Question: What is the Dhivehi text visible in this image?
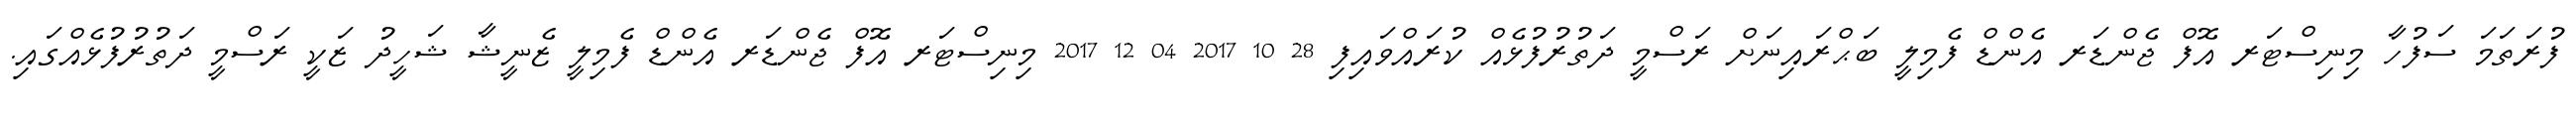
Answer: ފުރަތަމަ ސަފުހާ މިނިސްޓަރ އޮފް ޖެންޑަރ އެންޑް ފެމިލީ ބަޙްރައިނަށް ރަސްމީ ދަތުރުފުޅެއް ކުރައްވައިފި 28 10 2017 04 12 2017 މިނިސްޓަރ އޮފް ޖެންޑަރ އެންޑް ފެމިލީ ޒެނީޝާ ޝަހީދު ޒަކީ ރަސްމީ ދަތުރުފުޅެއްގައި.